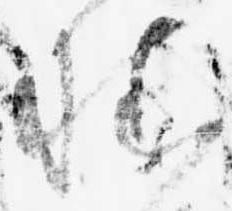
様